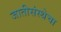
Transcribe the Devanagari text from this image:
जातीसंस्थेचा